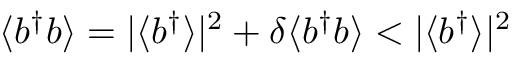
\langle b ^ { \dagger } b \rangle = | \langle b ^ { \dagger } \rangle | ^ { 2 } + \delta \langle b ^ { \dagger } b \rangle < | \langle b ^ { \dagger } \rangle | ^ { 2 }